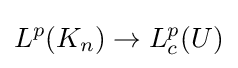
L^{p}(K_{n})\to L_{c}^{p}(U)